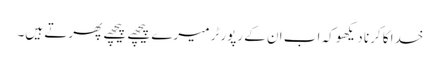
خدا کا کرنا دیکھو کہ اب ان کے رپورٹر میرے پیچھے پیچھے پھرتے ہیں۔